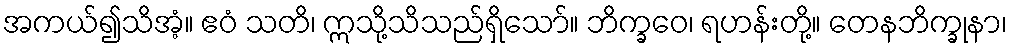
အကယ်၍သိအံ့။ ဧဝံ သတိ၊ ဣသို့သိသည်ရှိသော်။ ဘိက္ခဝေ၊ ရဟန်းတို့။ တေနဘိက္ခုနာ၊